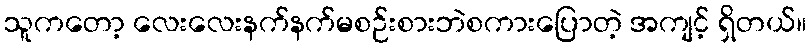
သူကတော့ လေးလေးနက်နက်မစဉ်းစားဘဲစကားပြောတဲ့ အကျင့် ရှိတယ်။